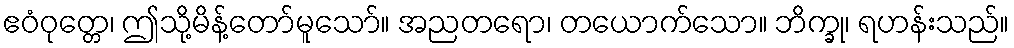
ဧဝံဝုတ္တေ၊ ဤသို့မိန့်တော်မူသော်။ အညတရော၊ တယောက်သော။ ဘိက္ခု၊ ရဟန်းသည်။